Vaccination in the Punjab 1883-1896 - 1883-1896
Year: 1883
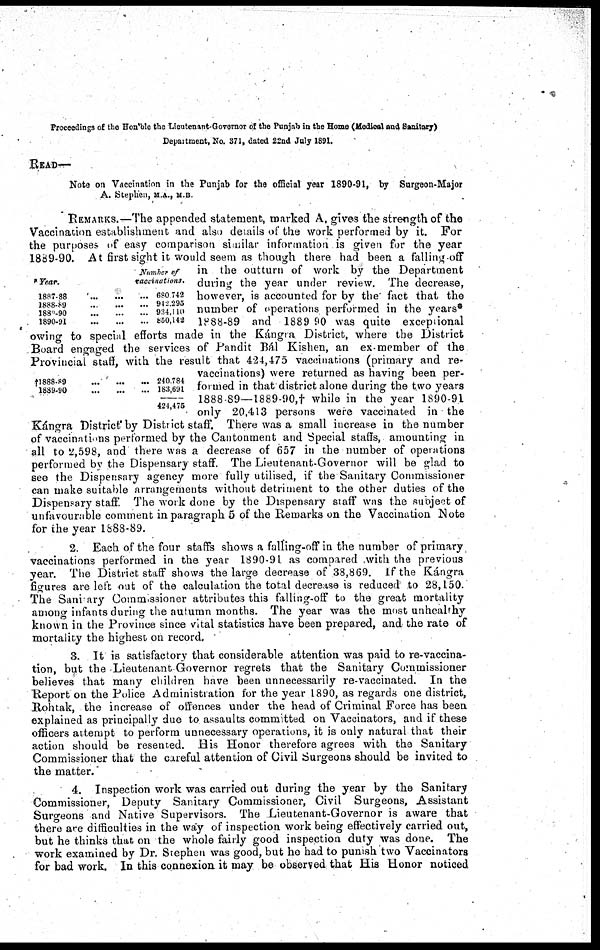
Proceedings of the Hon'ble the Lieutenant-Governor of the Punjab in the Home (Medical and Sanitary)
Department, No. 371, dated 22nd July 1891.
READ—
Note on Vaccination in the Punjab for the official year 1890-91, by
Surgeon-Major
A. Stephen, M.A., M.B.
* Year.
Number of
vaccinations.
1887-88
...
...
...
1888-89...
...
...
1889-90
...
...
...
1890-91
...
...
...
680,742
942,295
934,140
850,142
†1888-89
...
...
...
1889-90
...
...
...
240,784
183,691
424,475
REMARKS.—The appended statement, marked A, gives the strength of the
Vaccination establishment and also details of the work performed by it. For
the purposes of easy comparison similar information is given for the year
1889-90. At first sight it would seem as though there had been a falling-off
in the outturn of work by the Department
during the year under review. The decrease,
however, is accounted for by the fact that the
number of operations performed in the years*
1888-89 and 1889 90 was quite exceptional
owing to special efforts made in the Kángra District, where the District
Board engaged the services of Pandit Bál Kishen, an ex-member of the
Provincial staff, with the result that 424,475 vaccinations (primary and re-
vaccinations) were returned as having been per-
formed in that district alone during the two years
1888-89—1889-90,† while in the year 1890-91
only 20,413 persons were vaccinated in the
Kángra District by District staff. There was a small increase in the number
of vaccinations performed by the Cantonment and Special staffs, amounting in
all to 2,598, and there was a decrease of 657 in the number of operations
performed by the Dispensary staff. The Lieutenant-Governor will be glad to
see the Dispensary agency more fully utilised, if the Sanitary Commissioner
can make suitable arrangements without detriment to the other duties of the
Dispensary staff. The work done by the Dispensary staff was the subject of
unfavourable comment in paragraph 5 of the Remarks on the Vaccination Note
for the year 1888-89.
2. Each of the four staffs shows a falling-off in the number of primary
vaccinations performed in the year 1890-91 as compared with the previous
year. The District staff shows the large decrease of 38,869. If the Kángra
figures are left out of the calculation the total decrease is reduced to 28,150.
The Sanitary Commissioner attributes this falling-off to the great mortality
among infants during the autumn months. The year was the most unhealthy
known in the Province since vital statistics have been prepared, and the rate of
mortality the highest on record.
3. It is satisfactory that considerable attention was paid to re-vaccina-
tion, but the Lieutenant Governor regrets that the Sanitary Commissioner
believes that many children have been unnecessarily re-vaccinated. In the
Report on the Police Administration for the year 1890, as regards one district,
Rohtak, the increase of offences under the head of Criminal Force has been
explained as principally due to assaults committed on Vaccinators, and if these
officers attempt to perform unnecessary operations, it is only natural that their
action should be resented. His Honor therefore agrees with the Sanitary
Commissioner that the careful attention of Civil Surgeons should be invited to
the matter.
4. Inspection work was carried out during the year by the Sanitary
Commissioner, Deputy Sanitary Commissioner, Civil Surgeons, Assistant
Surgeons and Native Supervisors. The Lieutenant-Governor is aware that
there are difficulties in the way of inspection work being effectively carried out,
but he thinks that on the whole fairly good inspection duty was done. The
work examined by Dr. Stephen was good, but he had to punish two Vaccinators
for bad work. In this connexion it may be observed that His Honor noticed